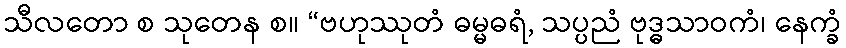
သီလတော စ သုတေန စ။ “ဗဟုဿုတံ ဓမ္မဓရံ, သပ္ပညံ ဗုဒ္ဓသာဝကံ၊ နေက္ခံ